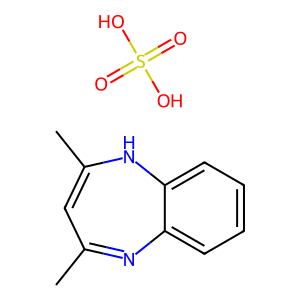
SMILES: CC1=CC(C)=Nc2ccccc2N1.O=S(=O)(O)O
Inhibits HIV replication: No